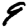
Digit: 9